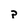
Character: p